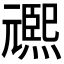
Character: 𭶌